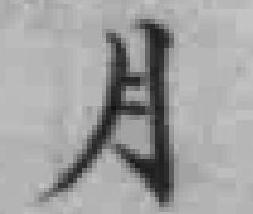
月